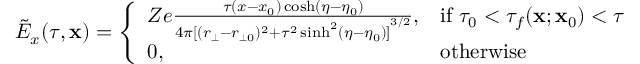
\tilde { E } _ { x } ( \tau , \mathbf { x } ) = \left\{ \begin{array} { l l } { Z e \frac { \tau ( x - x _ { 0 } ) \cosh ( \eta - \eta _ { 0 } ) } { 4 \pi { [ ( r _ { \bot } - r _ { \bot 0 } ) ^ { 2 } + \tau ^ { 2 } \sinh ^ { 2 } ( \eta - \eta _ { 0 } ) ] } ^ { 3 / 2 } } , } & { \mathrm { i f ~ } \tau _ { 0 } < \tau _ { f } ( \mathbf { x } ; \mathbf { x } _ { 0 } ) < \tau } \\ { 0 , } & { \mathrm { o t h e r w i s e } } \end{array} \right.